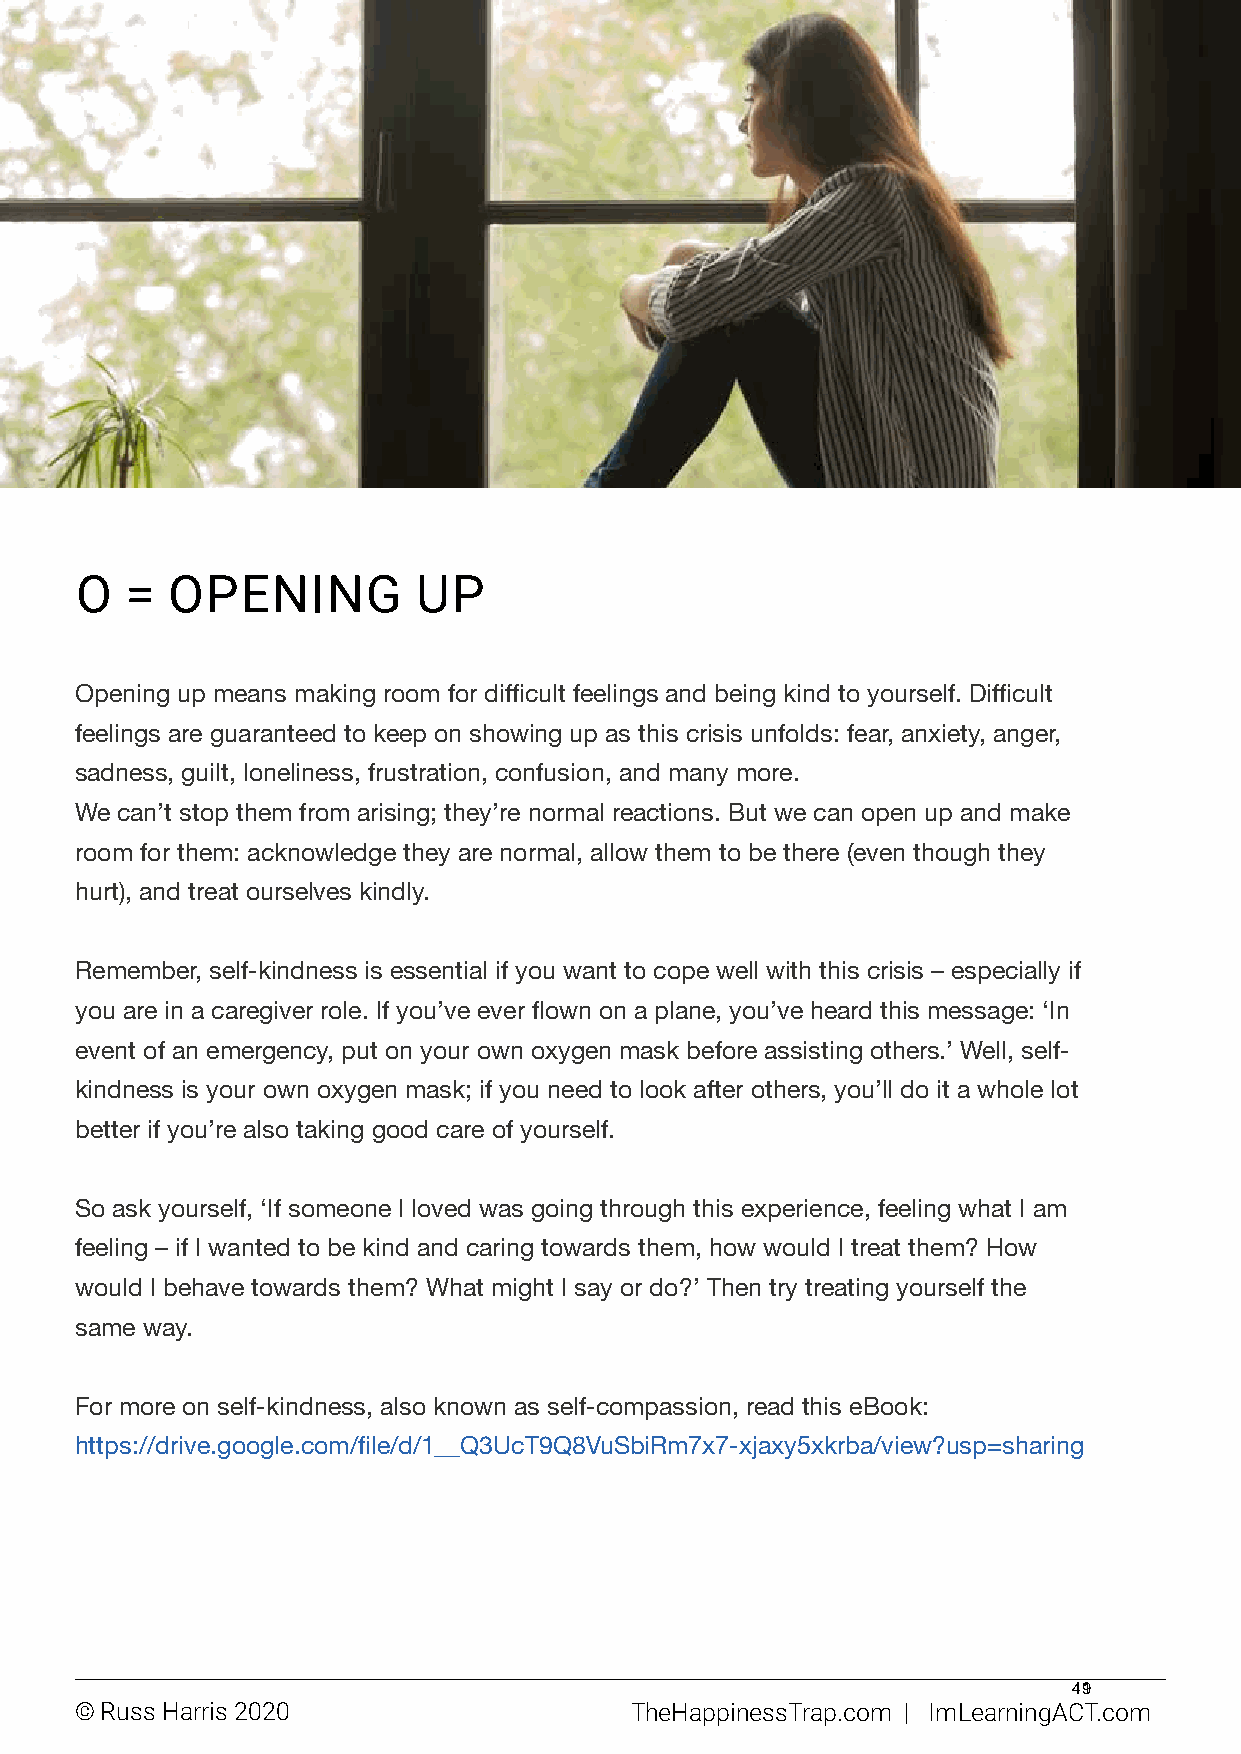
O  =  OPENING          UP
 Opening up means making room for difficult feelings and being kind to yourself. Difficult
 feelings are guaranteed to keep on showing up as this crisis unfolds: fear, anxiety, anger,
 sadness, guilt, loneliness, frustration, confusion, and many more.
 We can’t stop them from arising; they’re normal reactions. But we can open up and make
 room for them: acknowledge they are normal, allow them to be there (even though they
 hurt), and treat ourselves kindly.
 Remember, self-kindness is essential if you want to cope well with this crisis – especially if
 you are in a caregiver role. If you’ve ever flown on a plane, you’ve heard this message: ‘In
 event of an emergency, put on your own oxygen mask before assisting others.’ Well, self-
 kindness is your own oxygen mask; if you need to look after others, you’ll do it a whole lot
 better if you’re also taking good care of yourself.
 So ask yourself, ‘If someone I loved was going through this experience, feeling what I am
 feeling – if I wanted to be kind and caring towards them, how would I treat them? How
 would I behave towards them? What might I say or do?’ Then try treating yourself the
 same way.
 For more on self-kindness, also known as self-compassion, read this eBook:
 https://drive.google.com/file/d/1__Q3UcT9Q8VuSbiRm7x7-xjaxy5xkrba/view?usp=sharing
 491
 © Russ Harris 2020                   TheHappinessTrap.com | ImLearningACT.com